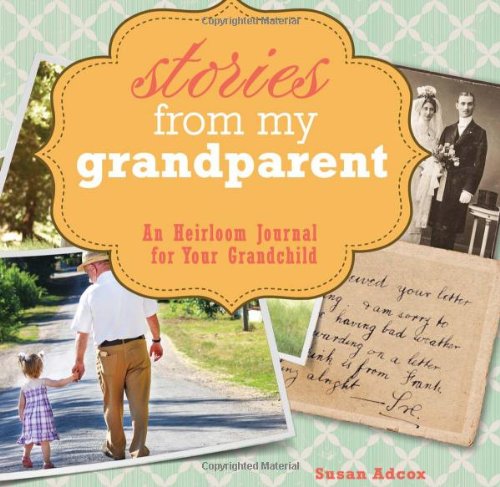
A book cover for Stories From My Grandparent: An Heirloom Journal for Your Grandchild; Susan Adcox; Parenting & Relationships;